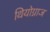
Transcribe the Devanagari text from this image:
थियोग्नाज